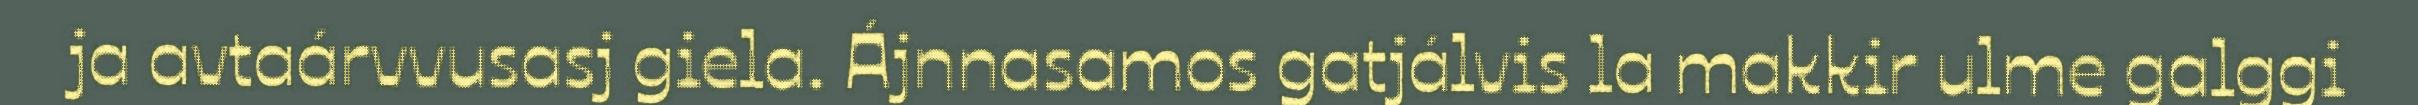
ja avtaárvvusasj giela. Ájnnasamos gatjálvis la makkir ulme galggi